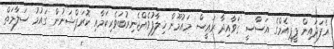
އެފަދައިން ޕީޕީއެމްގެ އަސާސީ ޤަވާއިދާ ރައީސް މައުމޫން ޚިލާފުވެއްޖެނިރުބަވެރިކަމާއި ކޮރަޕްޝަނުން ގައުމު ސަލާމަތް